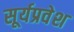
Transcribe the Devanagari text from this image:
सूर्यप्रवेश